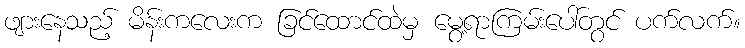
ဖျားနေသည့် မိန်းကလေးက ခြင်ထောင်ထဲမှ မွေ့ရာကြမ်းပေါ်တွင် ပက်လက်။